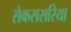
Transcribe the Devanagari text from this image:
सेकससरिया